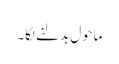
ماحول بدلنے لگا۔